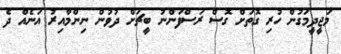
މަޖީދީމަގުން ހުރި ގޮތަށް ގޮސް ރަސްފަންނު ބީޗަށް ދުވުން ނިންމާއިރު އަނެއް ދެ